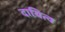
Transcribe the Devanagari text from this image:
दायित्‍व